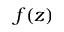
f ( z )